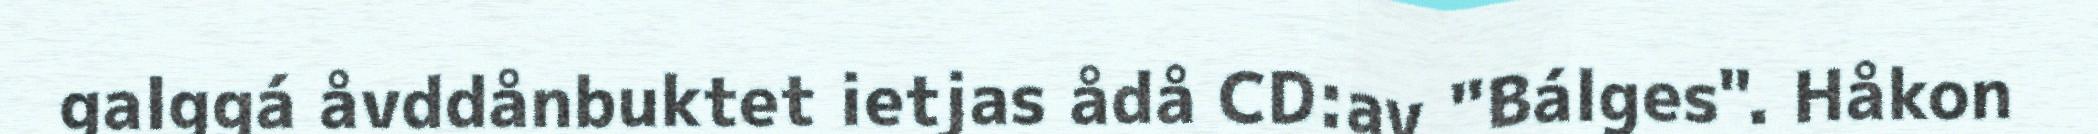
galggá åvddånbuktet ietjas ådå CD:av "Bálges". Håkon